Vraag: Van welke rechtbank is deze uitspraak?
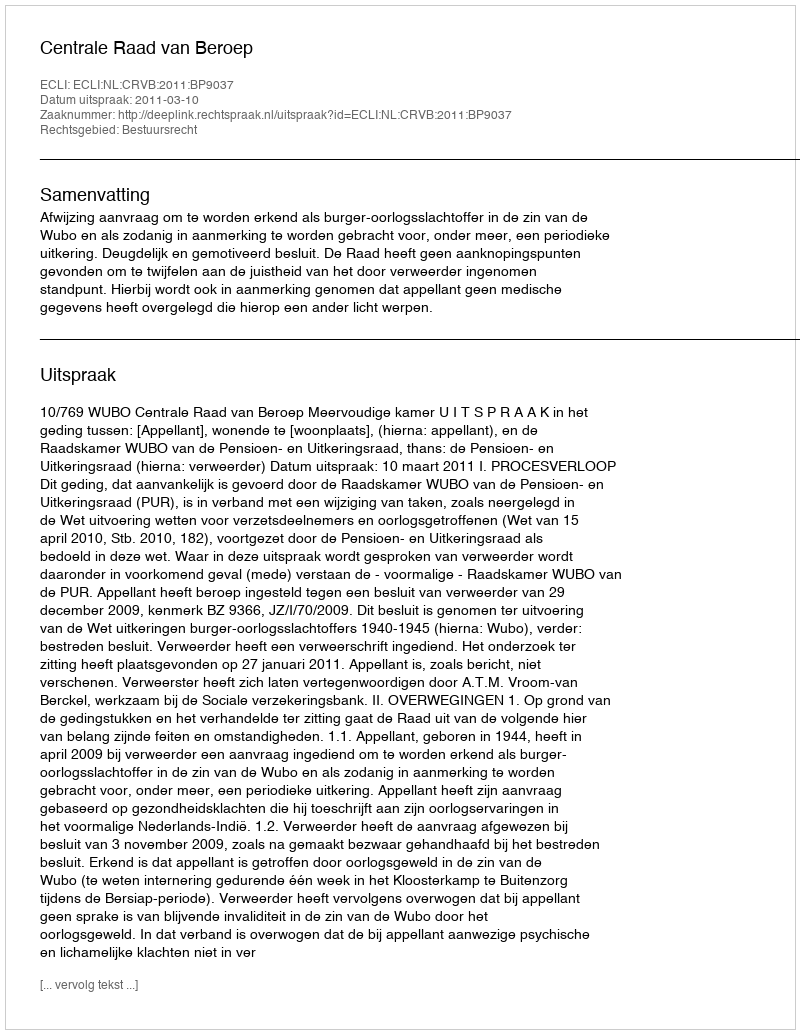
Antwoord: Centrale Raad van Beroep